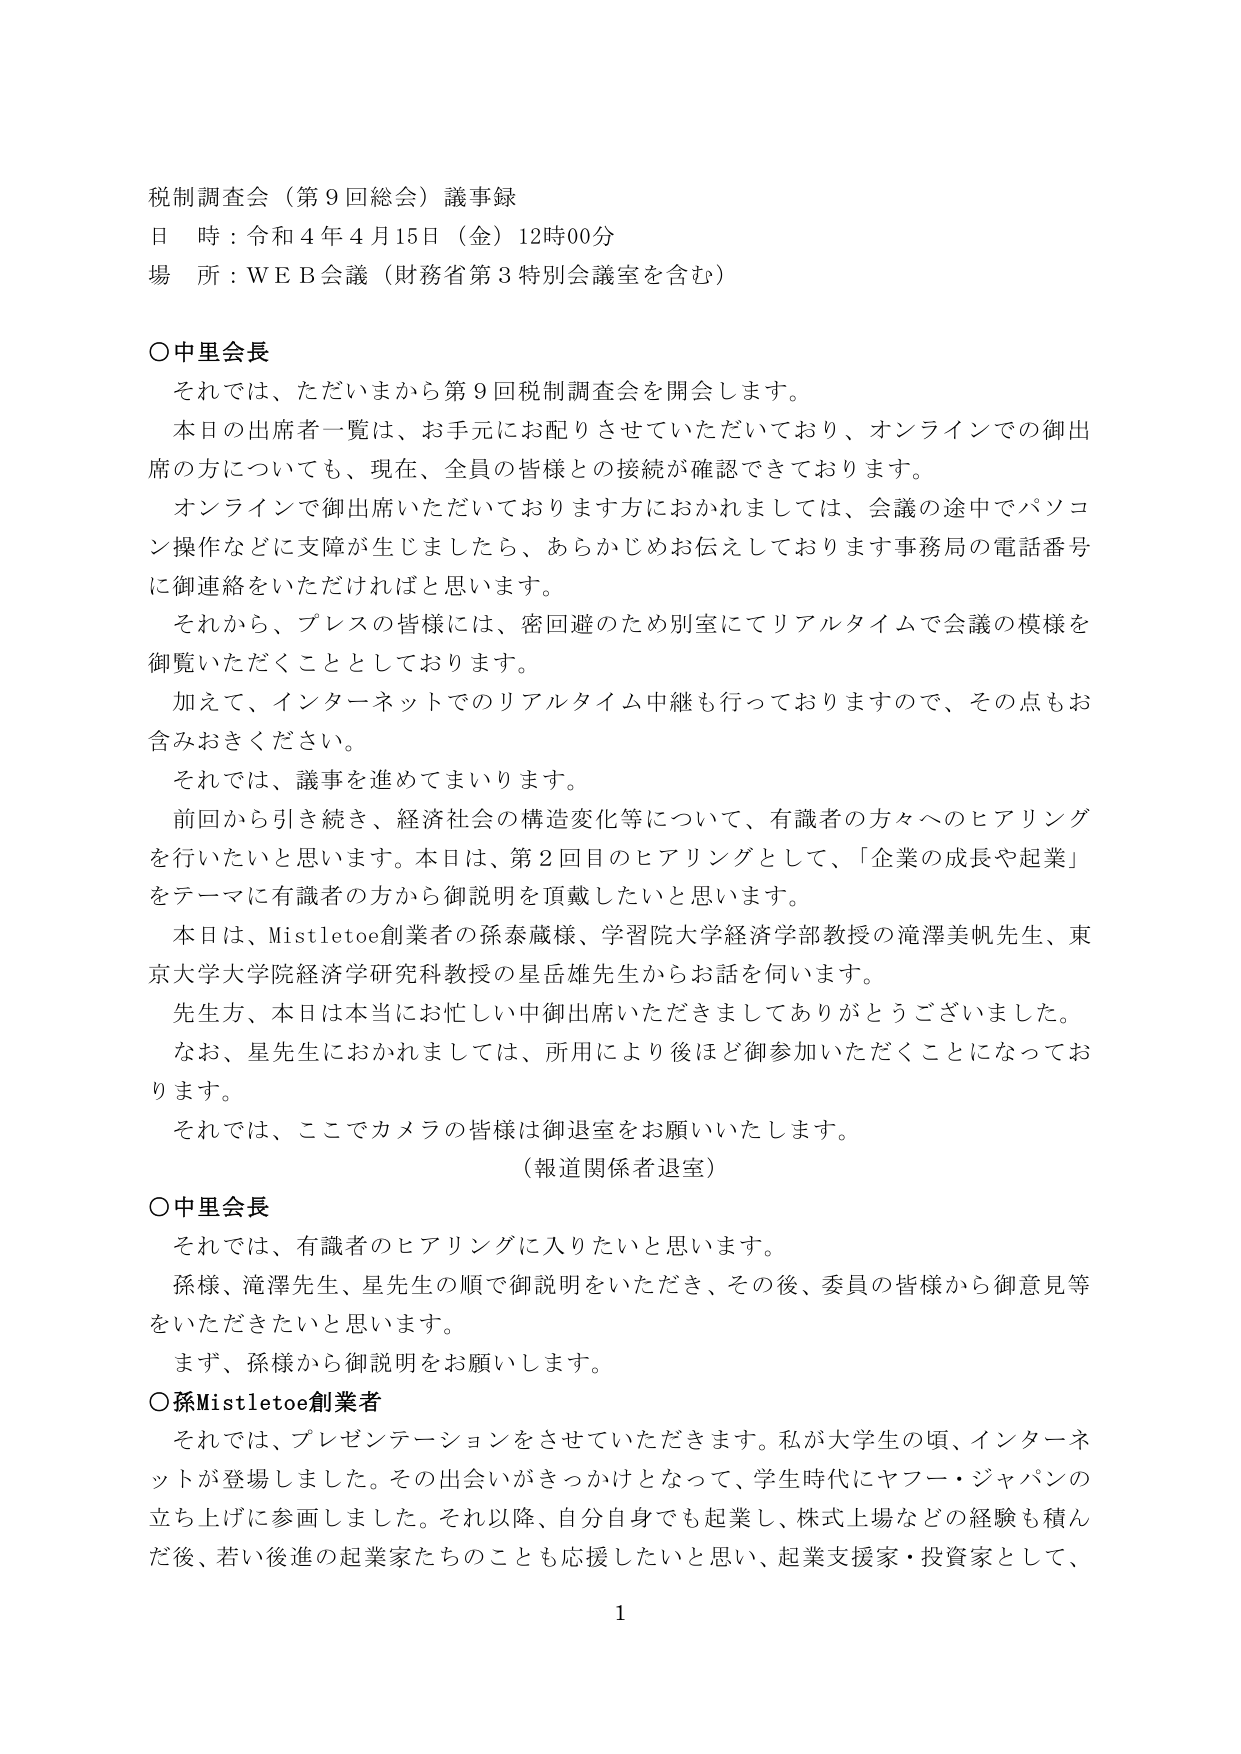
税制調査会（第９回総会）議事録
日 時：令和４年４月15日（金）12時00分
場 所：ＷＥＢ会議（財務省第３特別会議室を含む）

○中里会長
　それでは、ただいまから第９回税制調査会を開会します。
　本日の出席者一覧は、お手元にお配りさせていただいており、オンラインでの御出席の方についても、現在、全員の皆様との接続が確認できております。
　オンラインで御出席いただいております方におかれましては、会議の途中でパソコン操作などに支障が生じましたら、あらかじめお伝えしております事務局の電話番号に御連絡をいただければと思います。
　それから、プレスの皆様には、密回避のため別室にてリアルタイムで会議の模様を御覧いただくこととしております。
　加えて、インターネットでのリアルタイム中継も行っておりますので、その点もお含みおきください。
　それでは、議事を進めてまいります。
　前回から引き続き、経済社会の構造変化等について、有識者の方々へのヒアリングを行いたいと思います。本日は、第２回目のヒアリングとして、「企業の成長や起業」をテーマに有識者の方から御説明を頂戴したいと思います。
　本日は、Mistletoe創業者の孫泰蔵様、学習院大学経済学部教授の滝澤美帆先生、東京大学大学院経済学研究科教授の星岳雄先生からお話を伺います。
　先生方、本日は本当にお忙しい中御出席いただきましてありがとうございました。
　なお、星先生におかれましては、所用により後ほど御参加いただくことになっております。
　それでは、ここでカメラの皆様は御退室をお願いいたします。
　（報道関係者退室）

○中里会長
　それでは、有識者のヒアリングに入りたいと思います。
　孫様、滝澤先生、星先生の順で御説明をいただき、その後、委員の皆様から御意見等をいただきたいと思います。
　まず、孫様から御説明をお願いします。

○孫Mistletoe創業者
　それでは、プレゼンテーションをさせていただきます。私が大学生の頃、インターネットが登場しました。その出会いがきっかけとなって、学生時代にヤフー・ジャパンの立ち上げに参画しました。それ以降、自分自身でも起業し、株式上場などの経験も積んだ後、若い後進の起業家たちのことも応援したいと思い、起業支援家・投資家として、

1